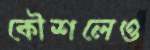
কৌশলেও